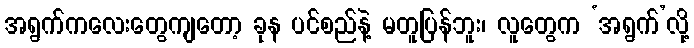
အရွက်ကလေးတွေကျတော့ ခုန ပင်စည်နဲ့ မတူပြန်ဘူး၊ လူတွေက ‘အရွက်’လို့